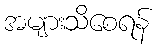
အများသိစေရန်